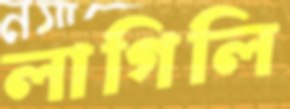
লাগিলি